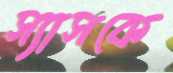
স্যাসকে